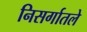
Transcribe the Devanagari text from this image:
निसर्गातले